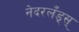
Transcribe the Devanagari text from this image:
नेदरलँड्स्